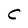
Character: C